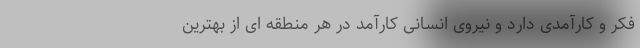
فکر و کارآمدى دارد و نیروى انسانى کارآمد در هر منطقه اى از بهترین